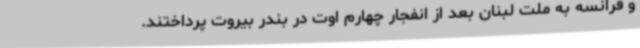
و فرانسه به ملت لبنان بعد از انفجار چهارم اوت در بندر بیروت پرداختند.